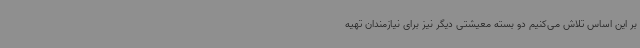
بر این اساس تلاش می‌کنیم دو بسته معیشتی دیگر نیز برای نیازمندان تهیه